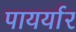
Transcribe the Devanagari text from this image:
पायर्यार